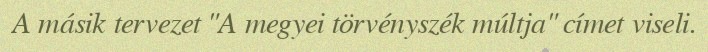
A másik tervezet "A megyei törvényszék múltja" címet viseli.